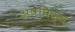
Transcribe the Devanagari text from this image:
अपपिक्व